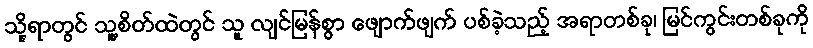
သို့ရာတွင် သူ့စိတ်ထဲတွင် သူ လျင်မြန်စွာ ဖျောက်ဖျက် ပစ်ခဲ့သည့် အရာတစ်ခု၊ မြင်ကွင်းတစ်ခုကို